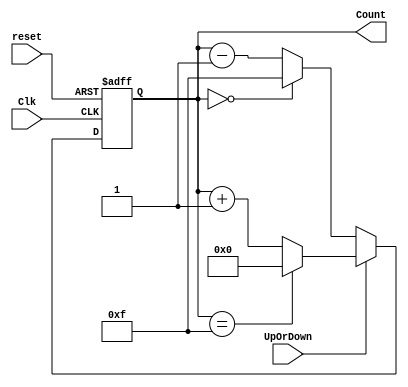
module upordown_counter(
    Clk,
    reset,
    UpOrDown,  
    Count
    );


    input Clk,reset,UpOrDown;
    output [3 : 0] Count;
    reg [3 : 0] Count = 0;  
    
     always @(posedge(Clk) or posedge(reset))
     begin
        if(reset == 1) 
            Count <= 0;
        else    
            if(UpOrDown ==1)   
                if(Count == 15)
                    Count <= 0;
                else
                    Count <= Count + 1; 
            else  
                if(Count == 0)
                    Count <= 15;
                else
                    Count <= Count - 1; 
     end    
    
endmodule